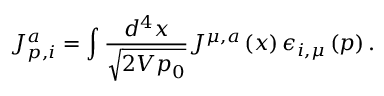
J _ { p , i } ^ { a } = \int \frac { d ^ { 4 } x } { \sqrt { 2 V p _ { 0 } } } J ^ { \mu , a } \left( x \right) \epsilon _ { i , \mu } \left( p \right) .